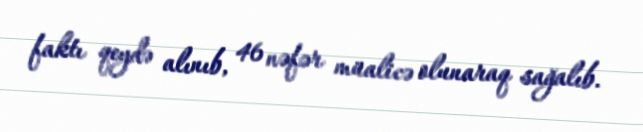
faktı qeydə alınıb, 46 nəfər müalicə olunaraq sağalıb.